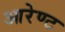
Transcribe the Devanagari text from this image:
आरेण्ट